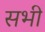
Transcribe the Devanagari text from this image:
सभीं